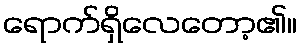
ရောက်ရှိလေတော့၏။